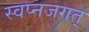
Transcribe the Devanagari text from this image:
स्वप्नजगत्‌